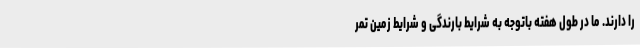
را دارند. ما در طول هفته باتوجه به شرایط بارندگی و شرایط زمین تمر